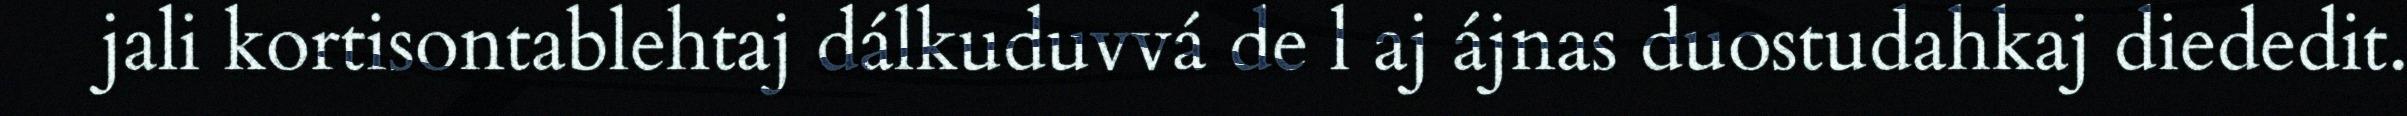
jali kortisontablehtaj dálkuduvvá de l aj ájnas duostudahkaj diededit.